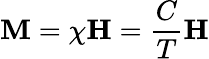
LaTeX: \mathbf{M}=\chi\mathbf{H}={\frac{C}{T}}\mathbf{H}